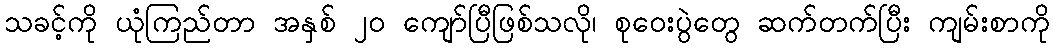
သခင့်ကို ယုံကြည်တာ အနှစ် ၂၀ ကျော်ပြီဖြစ်သလို၊ စုဝေးပွဲတွေ ဆက်တက်ပြီး ကျမ်းစာကို